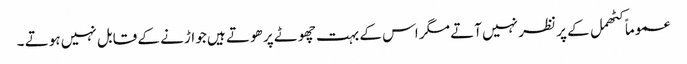
عموماً کٹھمل کے پر نظر نہیں آتے مگر اس کے بہت چھوٹے پر ھوتے ہیں جو اڑنے کے قابل نہیں ہوتے ۔